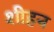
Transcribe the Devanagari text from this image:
शीहन